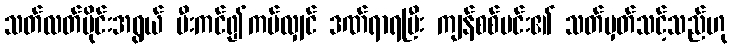
သတ်လတ်ပိုင်းအရွယ် မီးကင်၍ကပ်လျှင် ဒဏ်ရာရပြီး ကျန်စစ်မင်း၏ သတ်မှတ်သင့်သည်ဟု